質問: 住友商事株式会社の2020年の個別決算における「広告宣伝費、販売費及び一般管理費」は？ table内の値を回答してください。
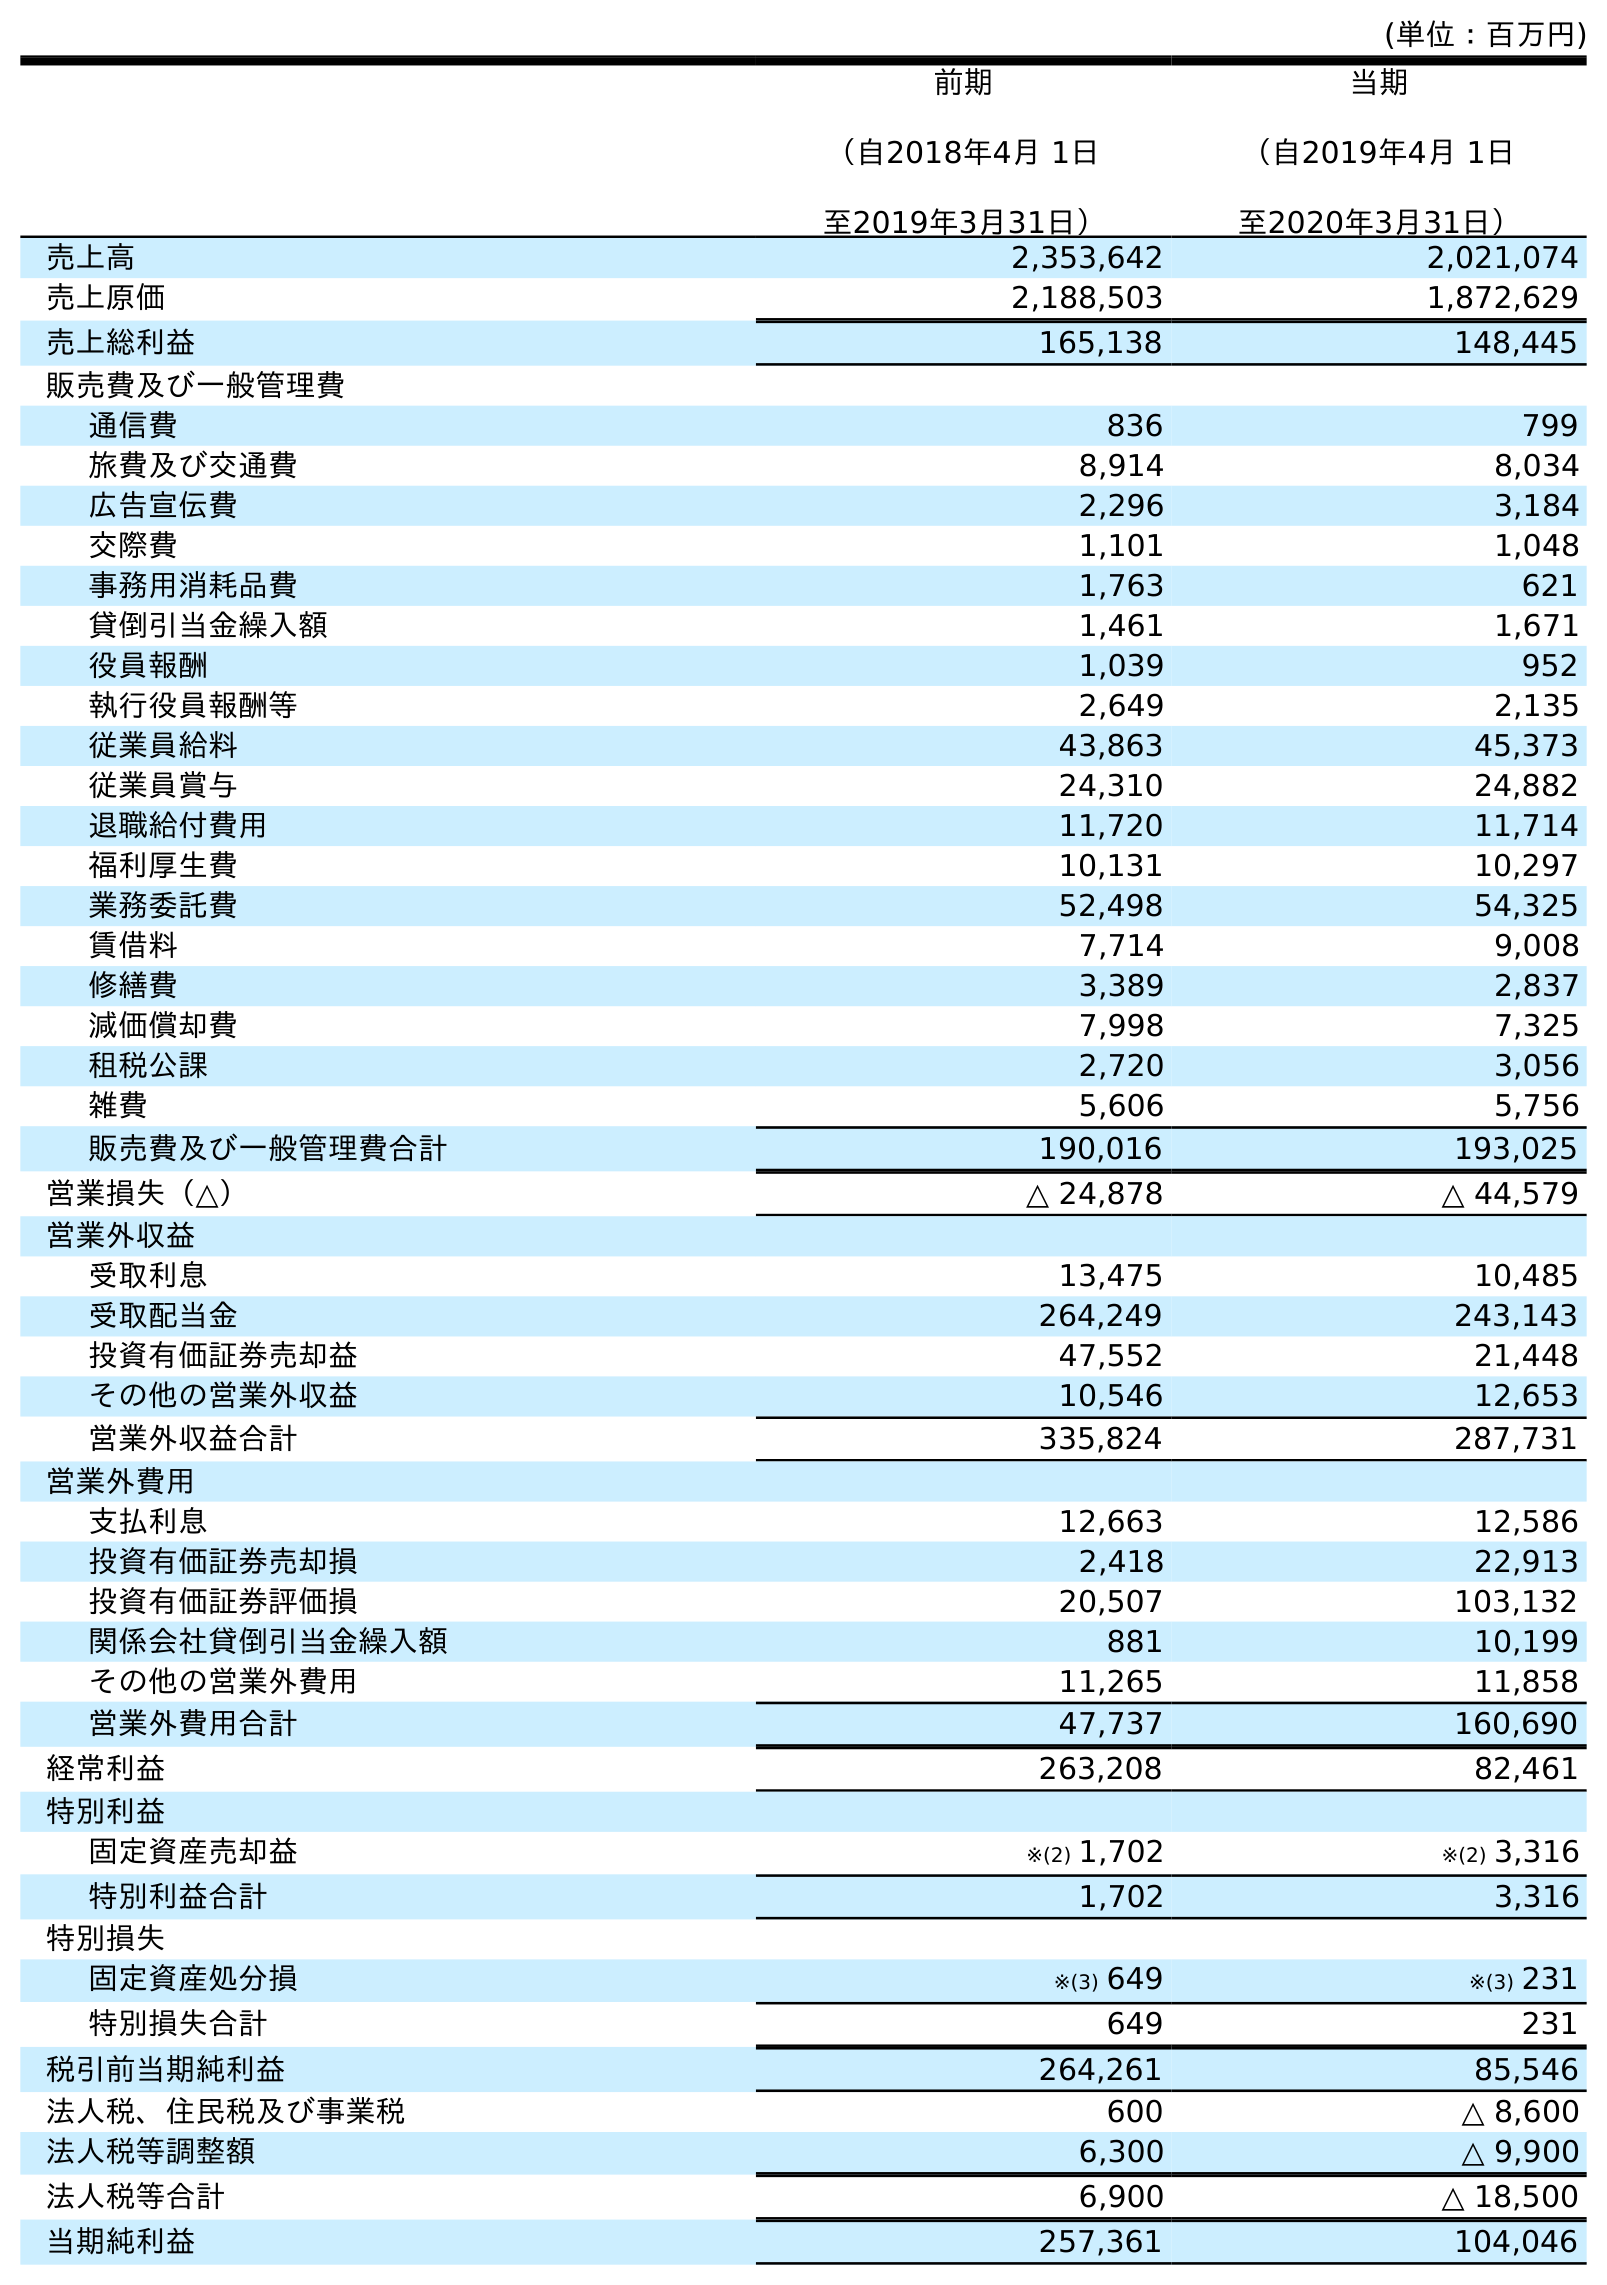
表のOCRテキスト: (単位：百万円) 前期 （自2018年4月 1日 至2019年3月31日） 当期 （自2019年4月 1日 至2020年3月31日） 売上高 2,353,642 2,021,074 売上原価 2,188,503 1,872,629 売上総利益 165,138 148,445 販売費及び一般管理費 通信費 836 799 旅費及び交通費 8,914 8,034 広告宣伝費 2,296 3,184 交際費 1,101 1,048 事務用消耗品費 1,763 621 貸倒引当金繰入額 1,461 1,671 役員報酬 1,039 952 執行役員報酬等 2,649 2,135 従業員給料 43,863 45,373 従業員賞与 24,310 24,882 退職給付費用 11,720 11,714 福利厚生費 10,131 10,297 業務委託費 52,498 54,325 賃借料 7,714 9,008 修繕費 3,389 2,837 減価償却費 7,998 7,325 租税公課 2,720 3,056 雑費 5,606 5,756 販売費及び一般管理費合計 190,016 193,025 営業損失（△） △ 24,878 △ 44,579 営業外収益 受取利息 13,475 10,485 受取配当金 264,249 243,143 投資有価証券売却益 47,552 21,448 その他の営業外収益 10,546 12,653 営業外収益合計 335,824 287,731 営業外費用 支払利息 12,663 12,586 投資有価証券売却損 2,418 22,913 投資有価証券評価損 20,507 103,132 関係会社貸倒引当金繰入額 881 10,199 その他の営業外費用 11,265 11,858 営業外費用合計 47,737 160,690 経常利益 263,208 82,461 特別利益 固定資産売却益 ※(2) 1,702 ※(2) 3,316 特別利益合計 1,702 3,316 特別損失 固定資産処分損 ※(3) 649 ※(3) 231 特別損失合計 649 231 税引前当期純利益 264,261 85,546 法人税、住民税及び事業税 600 △ 8,600 法人税等調整額 6,300 △ 9,900 法人税等合計 6,900 △ 18,500 当期純利益 257,361 104,046
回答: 3,184